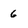
Character: 6